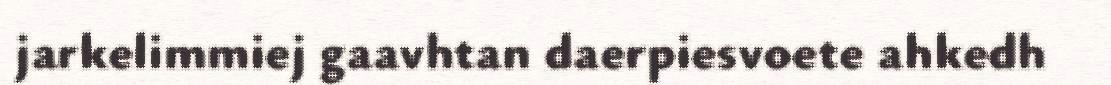
jarkelimmiej gaavhtan daerpiesvoete ahkedh